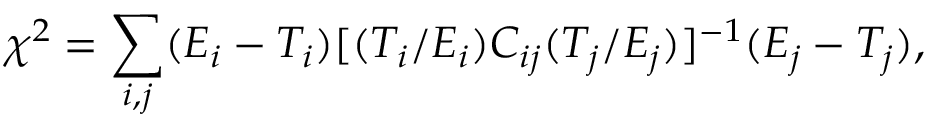
\chi ^ { 2 } = \sum _ { i , j } ( E _ { i } - T _ { i } ) [ ( T _ { i } / E _ { i } ) C _ { i j } ( T _ { j } / E _ { j } ) ] ^ { - 1 } ( E _ { j } - T _ { j } ) ,